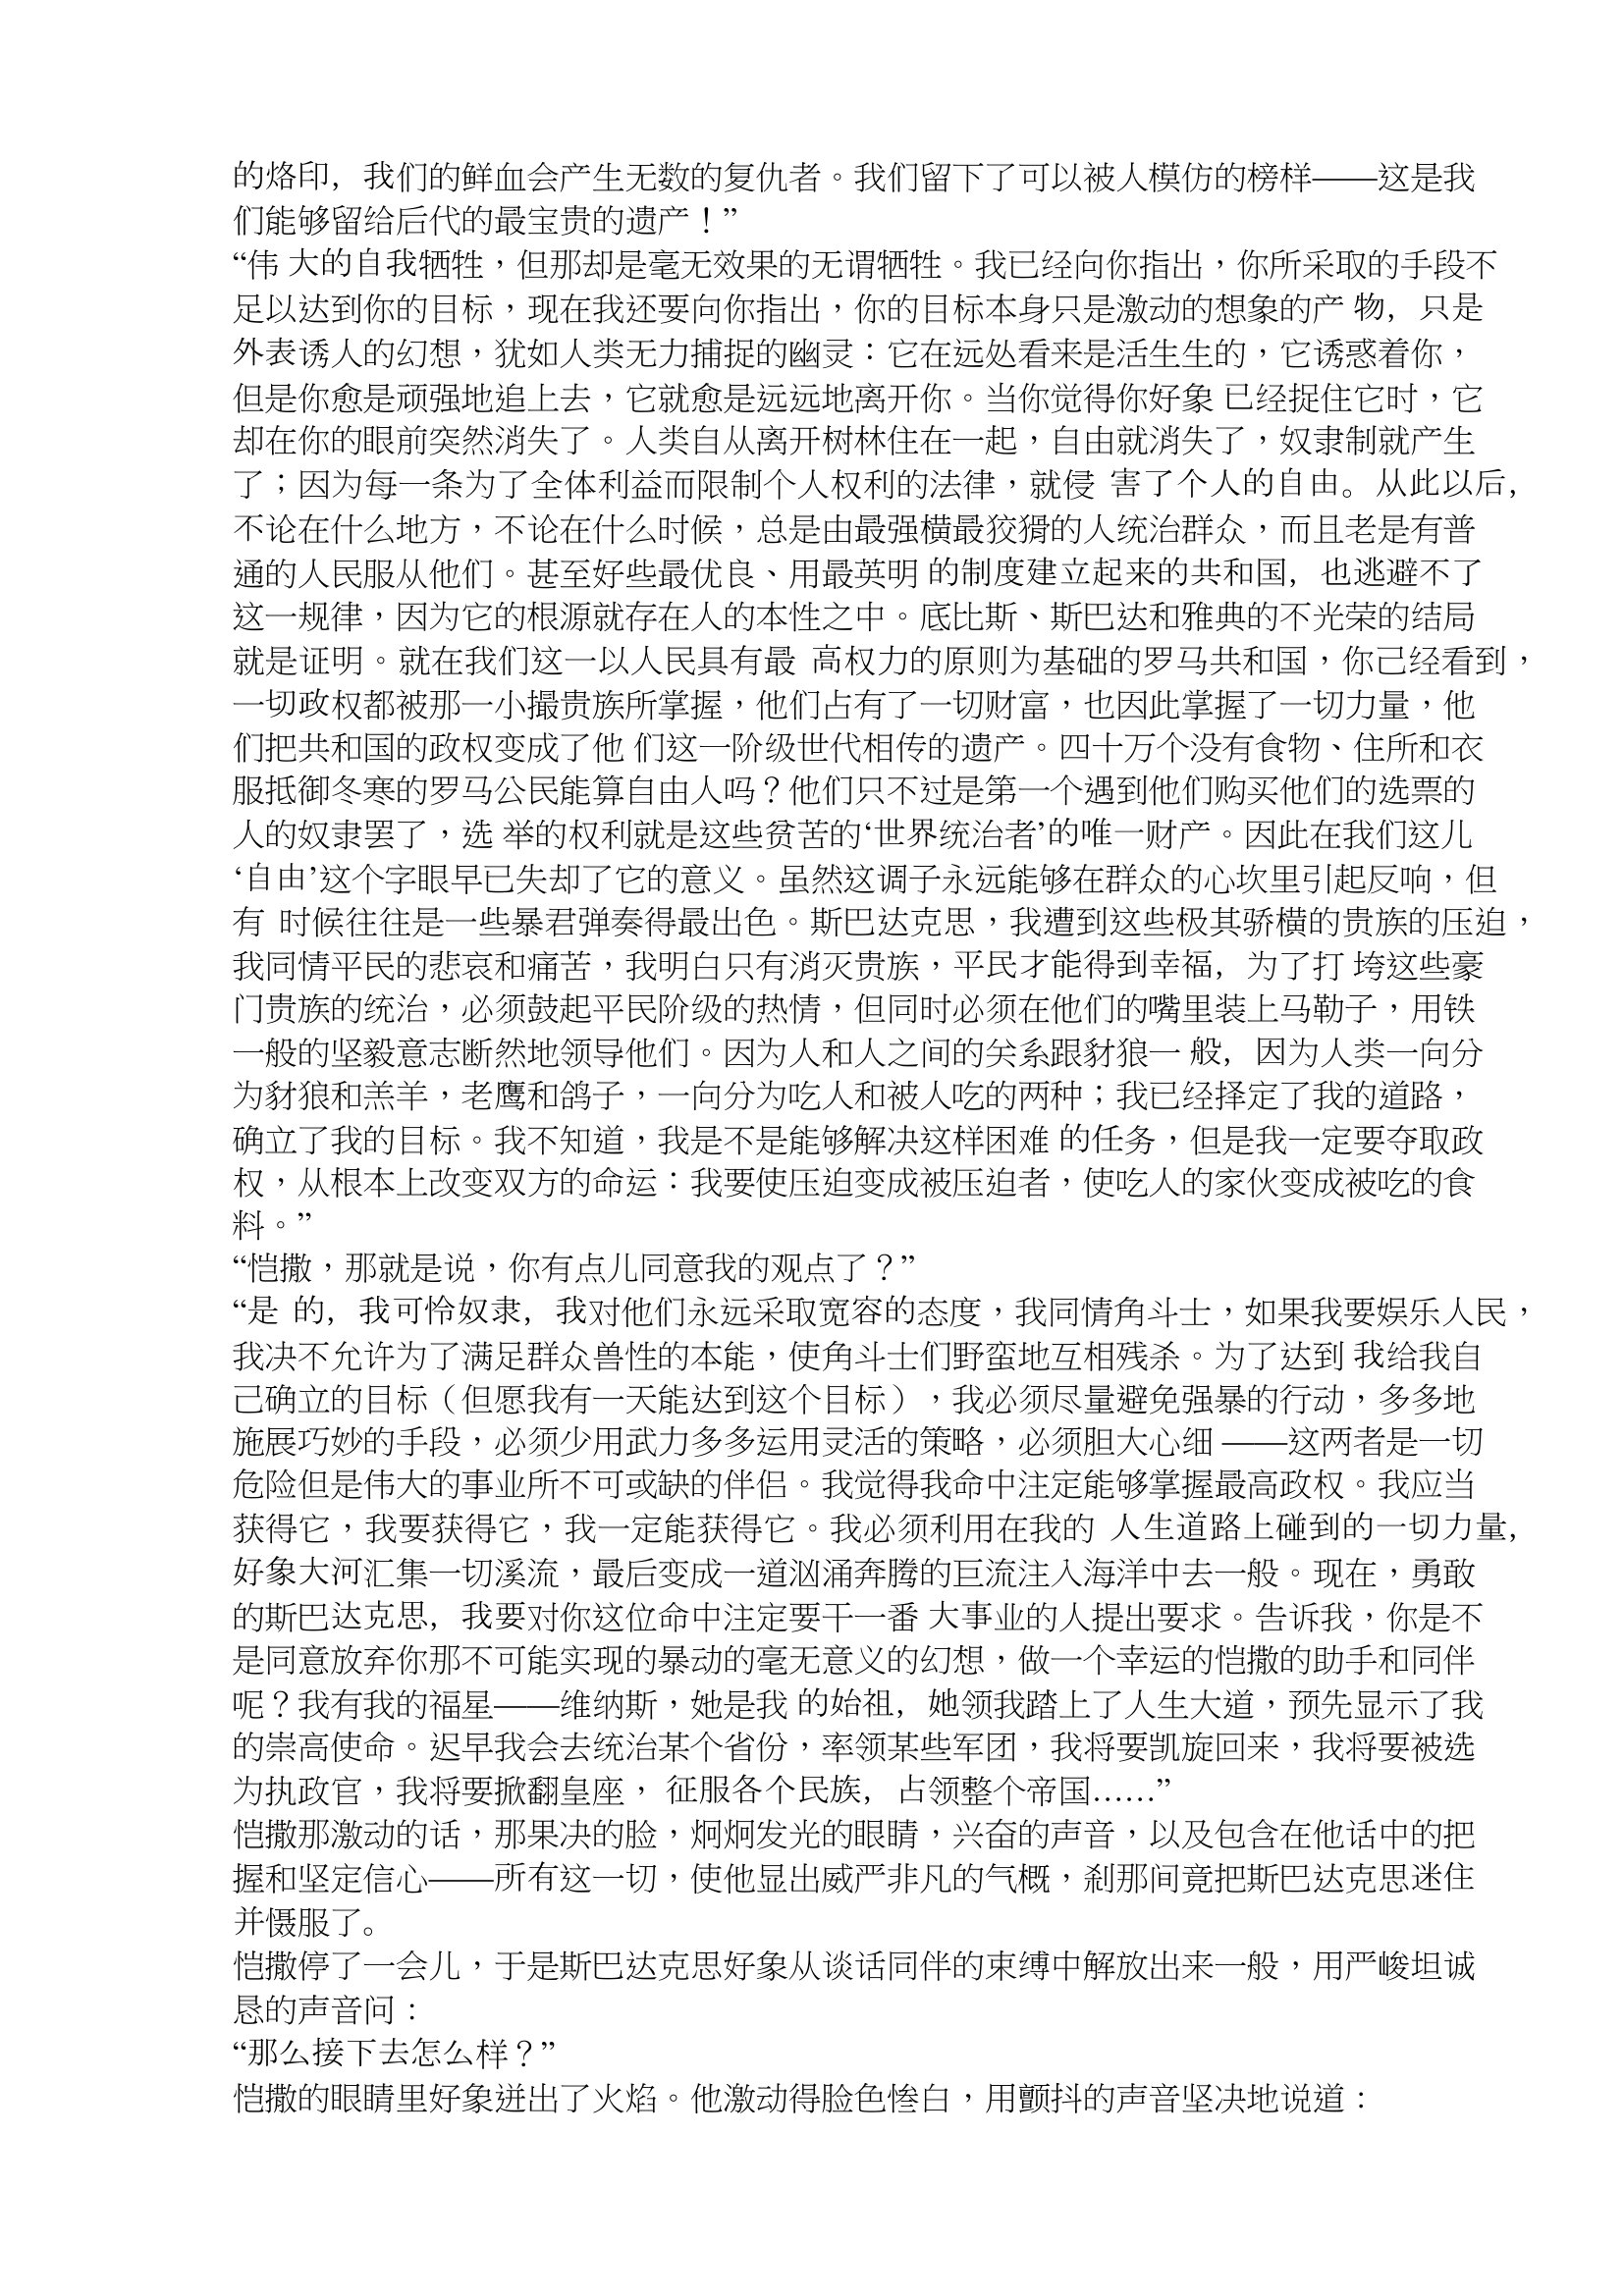
Language: zh